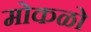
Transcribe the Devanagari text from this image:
मोकळो